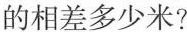
的相差多少米?